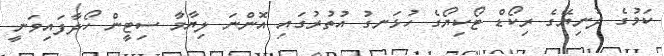
ކަމުގެ ދުނިޔޭގެ ރިކޯޑް ޓޯކިޔޯގެ ހުޅަނގު އުތުރުގައި އޮންނަ ލިޔާމާ ސިޓީން ހޯދާފައިވަނީ